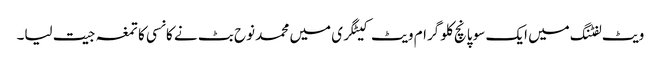
ویٹ لفٹنگ میں ایک سو پانچ کلو گرام ویٹ کیٹگری میں محمد نوح بٹ نے کانسی کا تمغہ جیت لیا۔